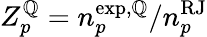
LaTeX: Z_{p}^{\mathbb{Q}}={n}_{p}^{\mathrm{{exp}},\mathbb{Q}}/n_{p}^{\mathrm{{RJ}}}